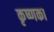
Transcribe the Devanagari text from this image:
कृष्णका